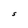
Character: S